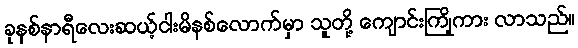
ခုနစ်နာရီလေးဆယ့်ငါးမိနစ်လောက်မှာ သူတို့ ကျောင်းကြိုကား လာသည်။